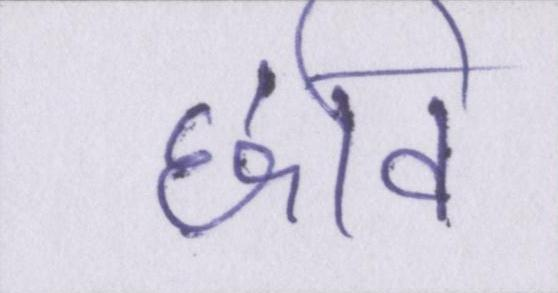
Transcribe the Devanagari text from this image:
छवि